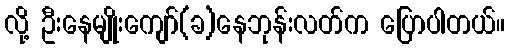
လို့ ဦးနေမျိုးကျော်(ခ)နေဘုန်းလတ်က ပြောပါတယ်။